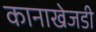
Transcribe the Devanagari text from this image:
कानाखेजडी